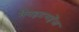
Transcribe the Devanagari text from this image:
मैनहटनहेंज